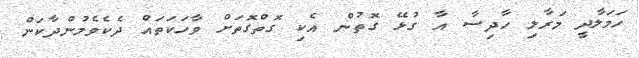
ހަމަލާދީ މަރާލި ހާދިސާ އާ ގުޅޭ ގޮތުން އެކި ގޮތްގޮތަށް ވާހަކަތައް ދެކެވެމުންދާކަން